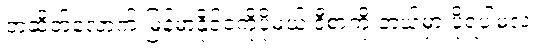
တဆိတ်လောက် မြန်မာနိုင်ငံကိုပို့မယ့် ဒီစာကို ဘယ်မှာ ပို့ရပါမလဲ။